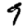
Digit: 9